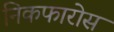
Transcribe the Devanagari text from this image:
निकफारोस